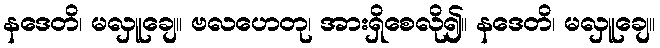
နဒေတိ၊ မလှူချေ။ ဗလဟေတု၊ အားရှိစေလို၍။ နဒေတိ၊ မလှူချေ။